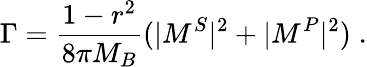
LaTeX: \Gamma=\frac{1-r^{2}}{8\pi M_{B}}(|M^{S}|^{2}+|M^{P}|^{2})\; .